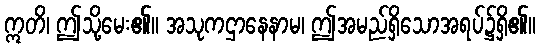
ဣတိ၊ ဤသို့မေး၏။ အသုကဌာနေနာမ၊ ဤအမည်ရှိသောအရပ်၌ရှိ၏။